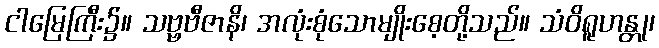
ငါမြေကြီး၌။ သဗ္ဗဗီဇာနိ၊ အလုံးစုံသောမျိုးစေ့တို့သည်။ သံဝိရူဟန္တု၊